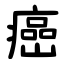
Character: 癌